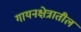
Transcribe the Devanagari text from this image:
गायनक्षेत्रातील